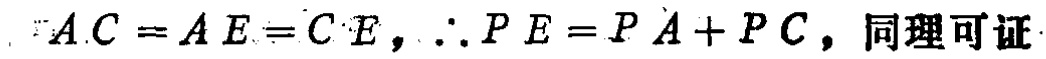
$\because AC = AE = CE, \therefore PE = PA + PC,$ 同理可证